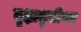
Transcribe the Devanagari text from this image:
वृक्षाकृतीच्या